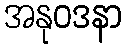
အနုဝဒနာ